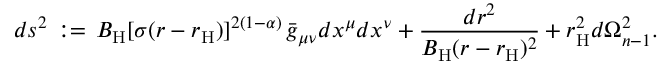
d s ^ { 2 } \, : = \, B _ { \mathrm { H } } [ \sigma ( r - r _ { \mathrm { H } } ) ] ^ { 2 ( 1 - \alpha ) } \, \bar { g } _ { \mu \nu } d x ^ { \mu } d x ^ { \nu } + \frac { d r ^ { 2 } } { B _ { \mathrm { H } } ( r - r _ { \mathrm { H } } ) ^ { 2 } } + r _ { \mathrm { H } } ^ { 2 } d \Omega _ { n - 1 } ^ { 2 } .